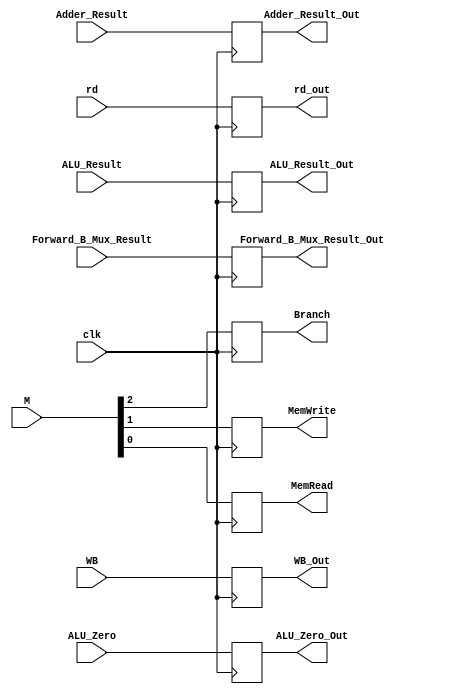
module EX_MEM(
  input clk,
  
  // control
  input [1:0] WB,
  output reg [1:0] WB_Out,
  
  input [2:0] M,
  output reg Branch, MemWrite, MemRead,
  
  // data
  input [63:0] Adder_Result,
  output reg [63:0] Adder_Result_Out,
  
  input ALU_Zero,
  output reg ALU_Zero_Out,
  
  input [63:0] ALU_Result,
  output reg [63:0] ALU_Result_Out,
  
  input [63:0] Forward_B_Mux_Result,
  output reg [63:0] Forward_B_Mux_Result_Out,
  
  input [4:0] rd,
  output reg [4:0] rd_out
);

always @ (posedge clk)
begin
  // control
  WB_Out = WB;
  {Branch, MemWrite, MemRead} = M;
  
  // data
  Adder_Result_Out = Adder_Result;
  ALU_Zero_Out = ALU_Zero;
  ALU_Result_Out = ALU_Result;
  Forward_B_Mux_Result_Out = Forward_B_Mux_Result;
  rd_out = rd;
end

endmodule